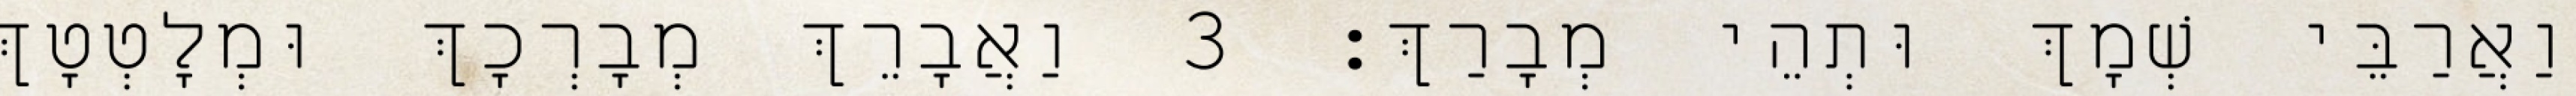
וַאֲרַבֵּי שְׁמָךְ וּתְהֵי מְבָרַךְ׃ 3 וַאֲבָרֵךְ מְבָרְכָךְ וּמְלָטְטָךְ